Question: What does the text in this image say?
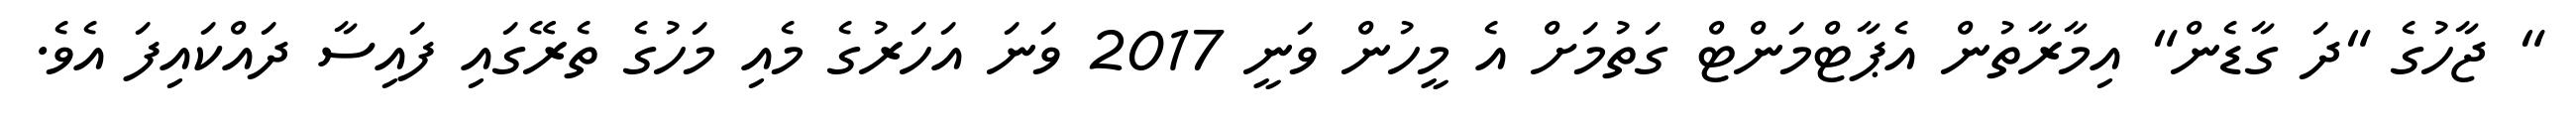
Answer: " ޖާހުގެ "ދަ ގާޑެން" އިމާރާތުން އެޕާޓްމަންޓް ގަތުމަށް އެ މީހުން ވަނީ 2017 ވަނަ އަހަރުގެ މެއި މަހުގެ ތެރޭގައި ފައިސާ ދައްކައިފަ އެވެ.